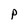
Character: p